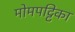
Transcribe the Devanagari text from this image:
मोमपट्टिका